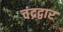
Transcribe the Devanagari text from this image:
चंद्रद्वार